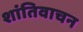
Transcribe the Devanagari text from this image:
शांतिवाचन